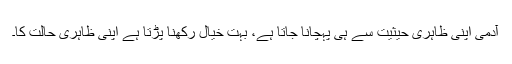
آدمی اپنی ظاہری حیثیت سے ہی پہچانا جاتا ہے، بہت خیال رکھنا پڑتا ہے اپنی ظاہری حالت کا۔